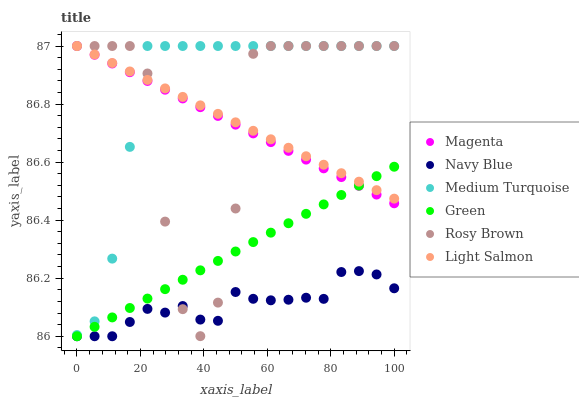
| xaxis_label | Magenta | Navy Blue | Medium Turquoise | Green | Rosy Brown | Light Salmon |
 | --- | --- | --- | --- | --- | --- | --- |
 | 0 | 87 | 86 | 86 | 86 | 87 | 87 |
 | 5.56 | 87 | 86 | 86.1 | 86 | 87 | 87 |
 | 11.1 | 86.9 | 86 | 86.3 | 86.1 | 87 | 86.9 |
 | 16.7 | 86.9 | 86 | 86.7 | 86.1 | 87 | 86.9 |
 | 22.2 | 86.9 | 86.1 | 87 | 86.1 | 86.9 | 86.9 |
 | 27.8 | 86.8 | 86.1 | 87 | 86.2 | 86.4 | 86.9 |
 | 33.3 | 86.8 | 86.1 | 87 | 86.2 | 86.1 | 86.8 |
 | 38.9 | 86.8 | 86.1 | 87 | 86.2 | 86 | 86.8 |
 | 44.4 | 86.8 | 86.1 | 87 | 86.3 | 86.1 | 86.8 |
 | 50 | 86.7 | 86.2 | 87 | 86.3 | 86.4 | 86.7 |
 | 55.6 | 86.7 | 86.1 | 87 | 86.3 | 87 | 86.7 |
 | 61.1 | 86.7 | 86.1 | 87 | 86.4 | 87 | 86.7 |
 | 66.7 | 86.6 | 86.1 | 87 | 86.4 | 87 | 86.6 |
 | 72.2 | 86.6 | 86.1 | 87 | 86.4 | 87 | 86.6 |
 | 77.8 | 86.6 | 86.1 | 87 | 86.5 | 87 | 86.6 |
 | 83.3 | 86.5 | 86.2 | 87 | 86.5 | 87 | 86.6 |
 | 88.9 | 86.5 | 86.2 | 87 | 86.5 | 87 | 86.5 |
 | 94.4 | 86.5 | 86.2 | 87 | 86.6 | 87 | 86.5 |
 | 100 | 86.5 | 86.2 | 87 | 86.6 | 87 | 86.5 |